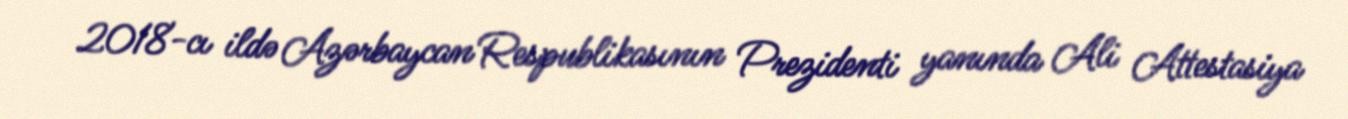
2018-cı ildə Azərbaycan Respublikasının Prezidenti yanında Ali Attestasiya